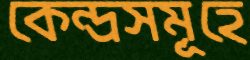
কেন্দ্রসমূহে